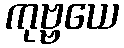
ကုဗ္ဗယေ